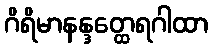
ဂိရိမာနန္ဒတ္ထေရဂါထာ